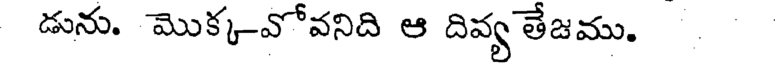
డును. మొక్క-వోవనిది ఆ దివ్య తేజము.